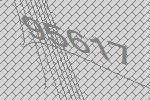
95617